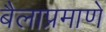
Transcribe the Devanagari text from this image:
बैलाप्रमाणे